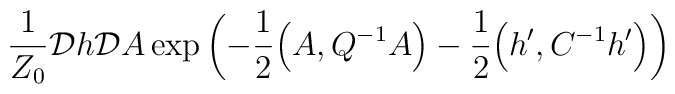
\frac{1}{Z_0} {\cal D}h  {\cal D}A\exp\left( -\frac{1}{2} \Big(A,Q^{-1} A \Big) -\frac{1}{2}\Big(h^\prime,C^{-1} h^\prime\Big)\right)